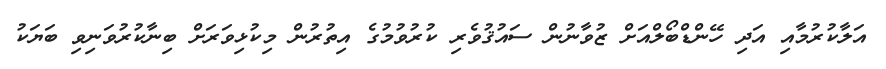
އަލާކުރުމާއި އަދި ހޭންޑްބޯލްއަށް ޒުވާނުން ސައުޤުވެރި ކުރުވުމުގެ އިތުރުން މިކުޅިވަރަށް ބިނާކުރުވަނިވި ބަޔަކު